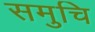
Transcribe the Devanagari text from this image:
समुचि